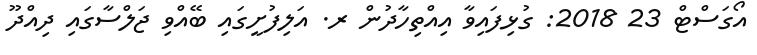
އޯގަސްޓް 23 2018: ގުޅިފައިވާ އިއްތިހާދުން ރ. އަލިފުށީގައި ބޭއްވި ޖަލްސާގައި ދިއްދޫ